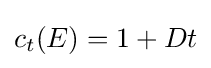
c_{t}(E)=1+Dt